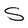
Character: S